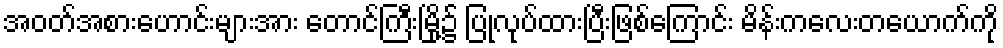
အဝတ်အစားဟောင်းများအား တောင်ကြီးမြို့၌ ပြုလုပ်ထားပြီးဖြစ်ကြောင်း မိန်းကလေးတယောက်ကို